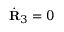
\dot { \bf R } _ { 3 } = 0